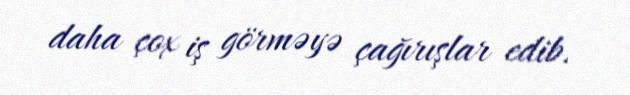
daha çox iş görməyə çağırışlar edib.